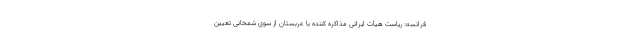
فرانسه: ریاست هیأت ایرانی مذاکره کننده با عربستان از سوی شمخانی تعیین